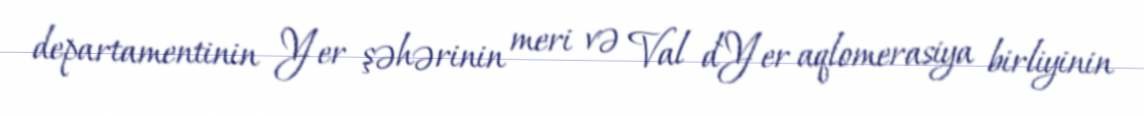
departamentinin Yer şəhərinin meri və Val d`Yer aqlomerasiya birliyinin